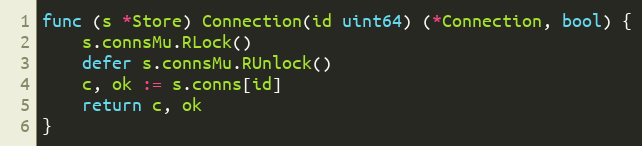
Language: Go
func (s *Store) Connection(id uint64) (*Connection, bool) {
	s.connsMu.RLock()
	defer s.connsMu.RUnlock()
	c, ok := s.conns[id]
	return c, ok
}